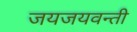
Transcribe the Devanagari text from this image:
जयजयवन्ती